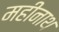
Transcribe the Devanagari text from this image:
महीनाथ